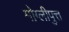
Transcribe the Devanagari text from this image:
मोग्लीपुत्त